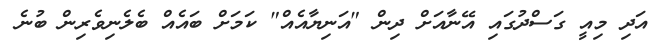
އަދި މިއީ ގަސްދުގައި އޭނާއަށް ދިން "އަނިޔާއެއް" ކަމަށް ބައެއް ބެލެނިވެރިން ބުނެ